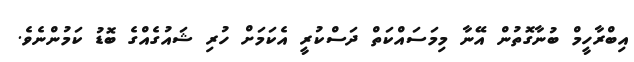
އިބްރާހީމް ބުނާގޮތުން އޭނާ މިމަސައްކަތް ދަސްކުރީ އެކަމަށް ހުރި ޝައުގެއްގެ ބޮޑު ކަމުންނެވެ.